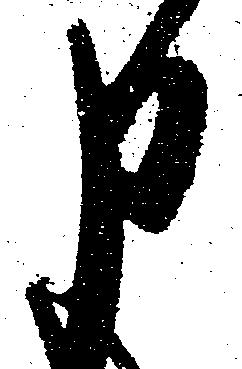
申